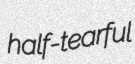
half-tearful